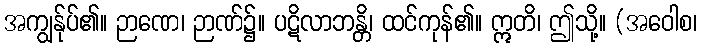
အကျွန်ုပ်၏။ ဉာဏေ၊ ဉာဏ်၌။ ပဋိလာဘန္တိ၊ ထင်ကုန်၏။ ဣတိ၊ ဤသို့။ (အဝေါစ၊